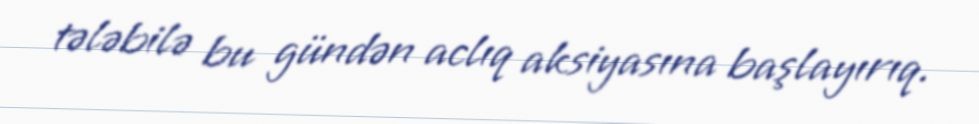
tələbilə bu gündən aclıq aksiyasına başlayırıq.